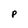
Character: P